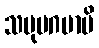
သမုပဂမာမိ